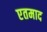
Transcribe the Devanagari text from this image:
एतमाद